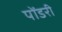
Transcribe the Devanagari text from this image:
पोंडरी